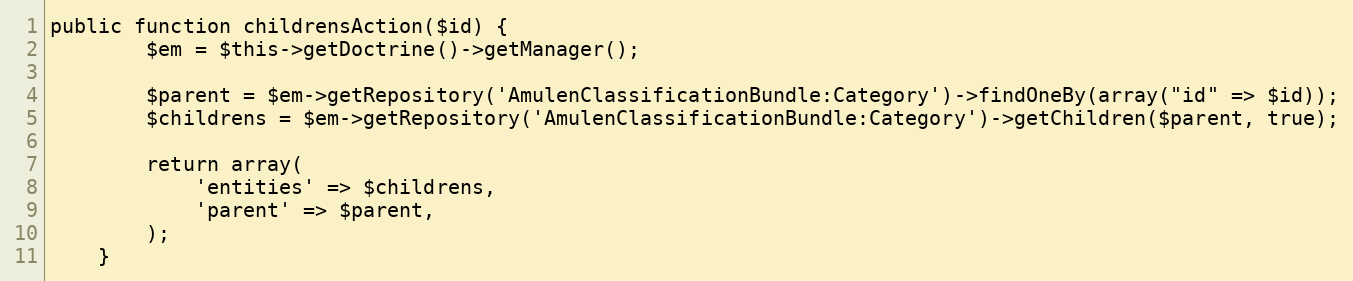
Language: PHP
public function childrensAction($id) {
        $em = $this->getDoctrine()->getManager();

        $parent = $em->getRepository('AmulenClassificationBundle:Category')->findOneBy(array("id" => $id));
        $childrens = $em->getRepository('AmulenClassificationBundle:Category')->getChildren($parent, true);

        return array(
            'entities' => $childrens,
            'parent' => $parent,
        );
    }